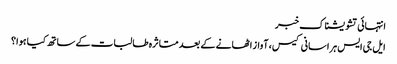
انتہائی تشویشناک خبر
ایل جی ایس ہراسانی کیس، آواز اٹھانے کے بعد متاثرہ طالبات کے ساتھ کیا ہوا؟